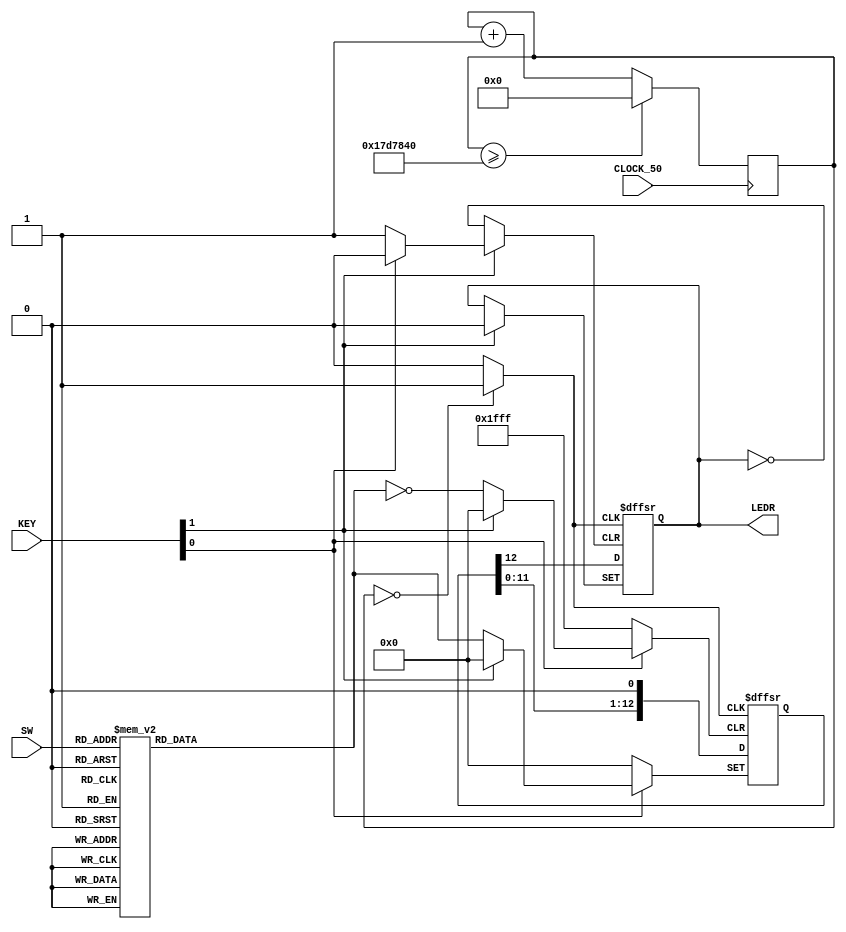
module lab5part3(SW, KEY, CLOCK_50, LEDR);
    input [2:0]SW;
    input [1:0]KEY;
    input CLOCK_50;
    output reg [0:0]LEDR;

    wire enable; // 2Hz clock pulse generated for 0.5 period
    wire [26:0] half_sec_timer = 27'b001011111010111100001000000; // 0.5 sec count (2Hz)
    reg [26:0] counter;
	 
    reg [12:0] seq; // Morse Code Data
	reg [12:0] shifted_seq;
    
    initial LEDR[0] <= 0;
    initial counter <= 0;
    initial seq <= 0;
    initial shifted_seq <= 0; 
    
    always@(SW)
        begin
            case(SW)
                3'b000: seq = 13'b1010000000000; //I
                3'b001: seq = 13'b1011101110111; //J
                3'b010: seq = 13'b1110111010000; //K
                3'b011: seq = 13'b1011101010000; //L
                3'b100: seq = 13'b1110111000000; //M
                3'b101: seq = 13'b1110100000000; //N
                3'b110: seq = 13'b1110111011100; //O
                3'b111: seq = 13'b1011101110100; //P
                default: seq = 13'b0;
            endcase
        end
	
    always@(posedge enable or negedge KEY[0] or negedge KEY[1]) // 2Hz rising edge
        begin
		  
				if (KEY[0] == 1'b0)
					begin
						LEDR[0] <= 0;
						shifted_seq <= 13'b0000000000000;
					end
				else if (KEY[1] == 1'b0)
					shifted_seq <= seq;
					
				else if (enable == 1'b1)
					begin
						LEDR[0] <= shifted_seq[12];
						shifted_seq = shifted_seq << 1;
					end
        end
		  
    // Generate 2Hz clock
    assign enable = (counter == 27'b0) ? 1'b1 : 1'b0;
    always@(posedge CLOCK_50)
        begin
            if (counter >= half_sec_timer)
                counter <= 27'b0;
            else
                counter <= counter + 1;
        end
endmodule